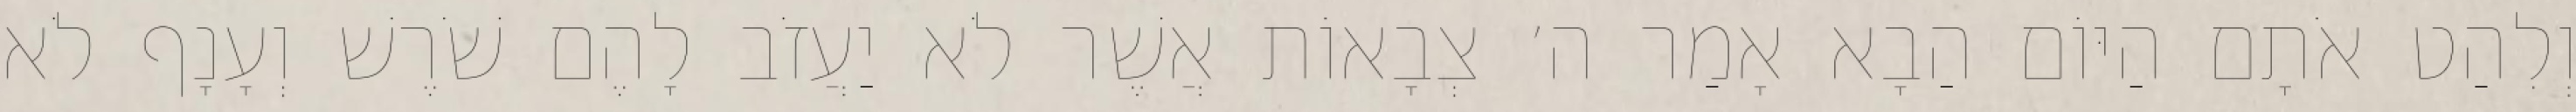
וְלִהַט אֹתָם הַיּוֹם הַבָא אָמַר ה׳ צְבָאוֹת אֲשֶׁר לֹא יַעֲזֹב לָהֶם שֹׁרֶשׁ וְעָנָף לֹא